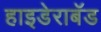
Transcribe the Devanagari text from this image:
हाइडेराबॅड